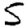
Digit: 5